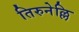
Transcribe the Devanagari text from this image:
तिरुनेल्लि